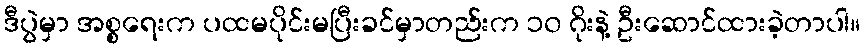
ဒီပွဲမှာ အစ္စရေးက ပထမပိုင်းမပြီးခင်မှာတည်းက ၁၀ ဂိုးနဲ့ ဦးဆောင်ထားခဲ့တာပါ။